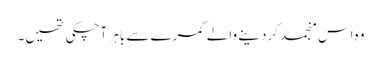
وہ اس منجمد کردینے والے کمرے سے باہر آچکی تھیں۔